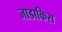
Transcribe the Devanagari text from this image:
जाडाकिस